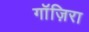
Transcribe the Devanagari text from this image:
गाॅज़िरा